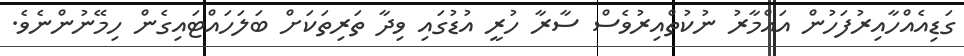
ގަޑިއެއްހާއިރުފަހުން އައްމާރު ނުކުތްއިރުވެސް ސާރާ ހުރީ އުޑުގައި ވިދާ ތަރިތަކަށް ބަލަހައްޓައިގެން ހިމޭނުންނެވެ.